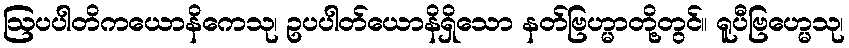
ဩပပါတိကယောနိကေသု၊ ဥပပါတ်ယောနိရှိသော နတ်ဗြဟ္မာတို့တွင်။ ရူပီဗြဟ္မေသု၊